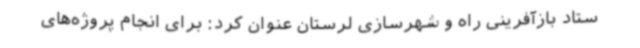
ستاد بازآفرینی راه و شهرسازی لرستان عنوان کرد: برای انجام پروژه‌های